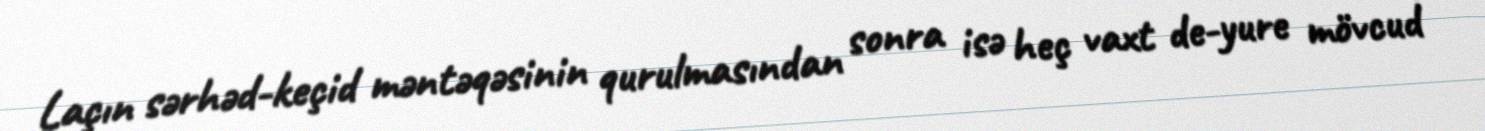
Laçın sərhəd-keçid məntəqəsinin qurulmasından sonra isə heç vaxt de-yure mövcud